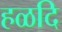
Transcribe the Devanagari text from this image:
हळदि